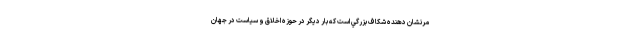
مرنشان دهنده شكاف بزرگي است كه بار ديگر در حوزه اخلاق و سياست در جهان